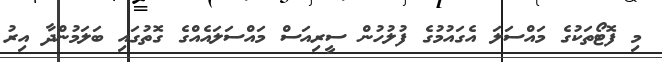
މި ފޮޓޯތަކުގެ މައްސަލަ އެގައުމުގެ ފުލުހުން ސީރިއަސް މައްސަލައެއްގެ ގޮތުގައި ބަލަމުންދާ އިރު